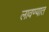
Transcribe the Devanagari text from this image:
लावण्‍यात